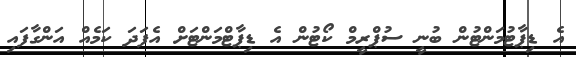
އެ ޑިޕާޓުމަންޓުން ބުނީ ސުޕްރީމް ކޯޓުން އެ ޑިޕާޓްމަންޓަށް އެފަދަ ކަމެއް އަންގާފައި